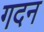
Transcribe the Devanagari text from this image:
गदन